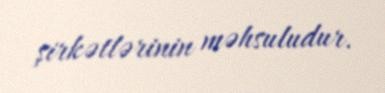
şirkətlərinin məhsuludur.